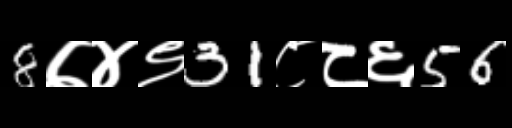
Text: 8७४९31८८६56